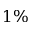
1 \%